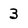
Character: 3